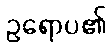
ဥရောပ၏